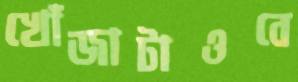
খোঁজাটাওবে